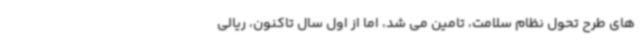
های طرح تحول نظام سلامت، تامین می شد، اما از اول سال تاکنون، ریالی